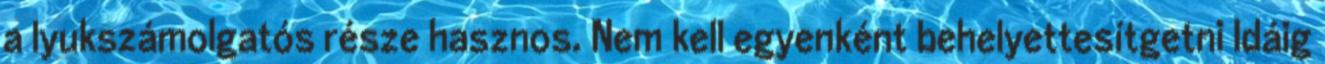
a lyukszámolgatós része hasznos. Nem kell egyenként behelyettesítgetni Idáig